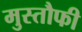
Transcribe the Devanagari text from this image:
मुस्तौफी